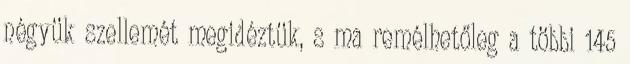
négyük szellemét megidéztük, s ma remélhetőleg a többi 145